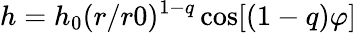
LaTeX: h=h_{0}(r/r0)^{1-q}\cos[(1-q)\varphi]